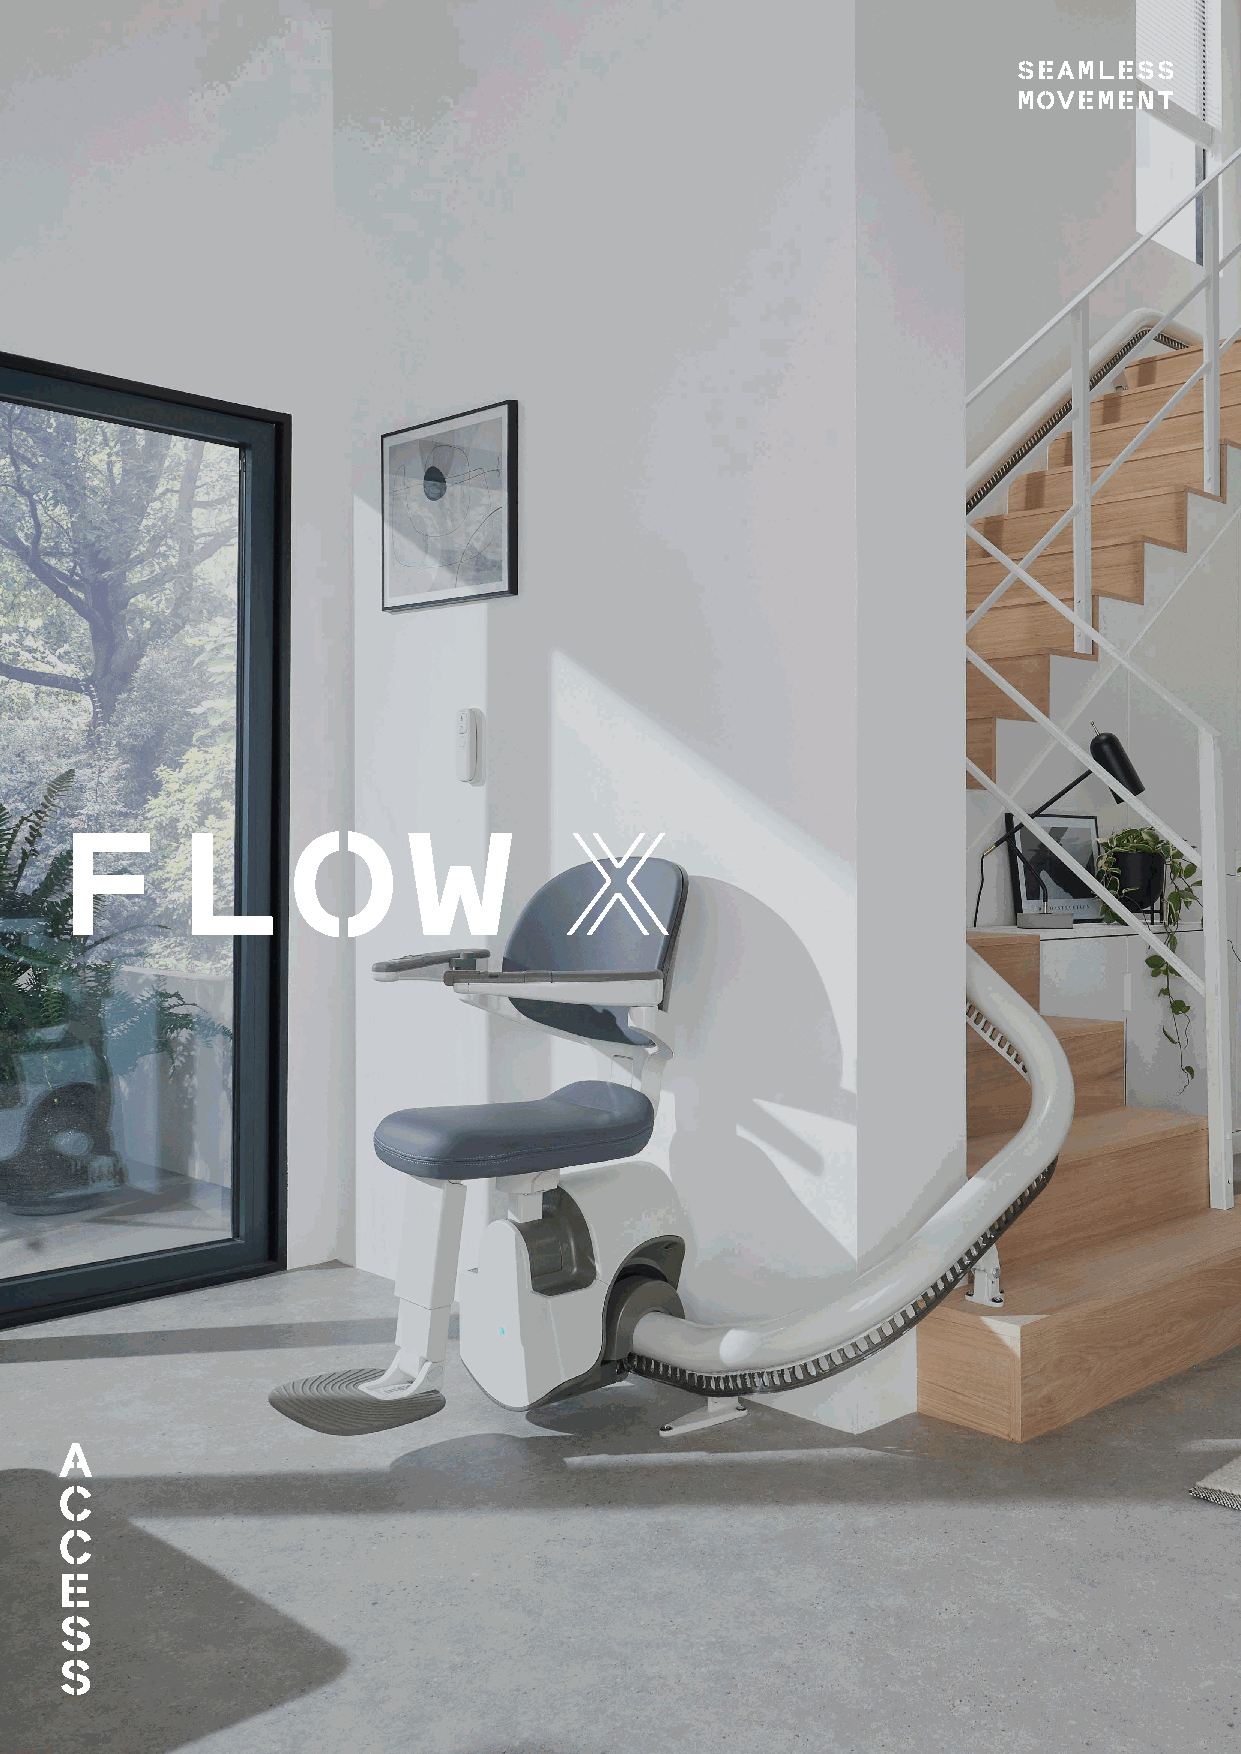
SEAMLESS
 MOVEMENT
 FLOW                             X